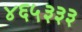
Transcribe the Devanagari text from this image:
४६५३३३